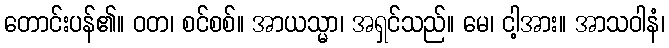
တောင်းပန်၏။ ဝတ၊ စင်စစ်။ အာယသ္မာ၊ အရှင်သည်။ မေ၊ ငါ့အား။ အာသဝါနံ၊